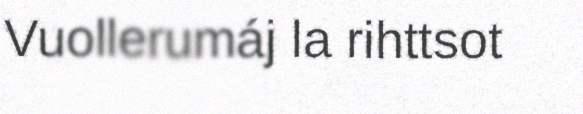
Vuollerumáj la rihttsot